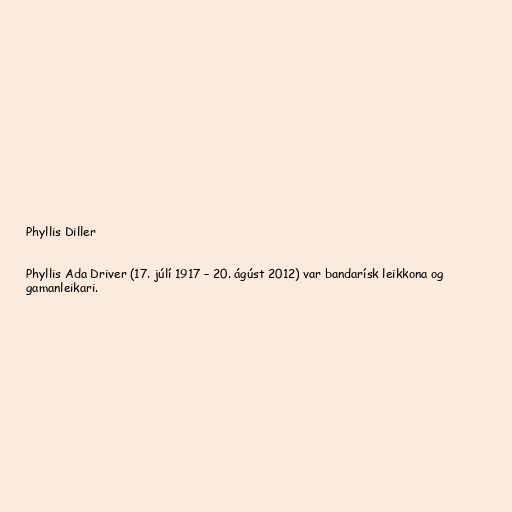
Phyllis Diller

Phyllis Ada Driver (17. júlí 1917 – 20. ágúst 2012) var bandarísk leikkona og
gamanleikari.